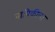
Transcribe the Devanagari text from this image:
नापिकीला